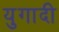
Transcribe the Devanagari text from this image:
युगादी